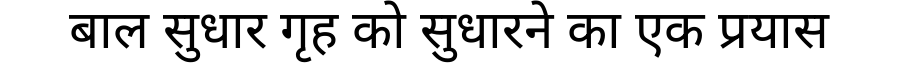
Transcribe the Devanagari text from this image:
बाल सुधार गृह को सुधारने का एक प्रयास